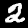
Label: 2